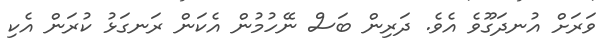
ވަރަށް އުނދަގޫވެ އެވެ. ދަރިން ބަސް ނޭހުމުން އެކަން ރަނގަޅު ކުރަން އެކި